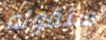
ستقوله